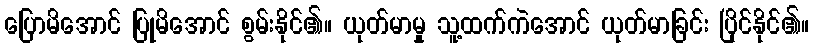
ပြောမိအောင် ပြုမိအောင် စွမ်းနိုင်၏။ ယုတ်မာမှု သူ့ထက်ကဲအောင် ယုတ်မာခြင်း ပြိုင်နိုင်၏။